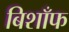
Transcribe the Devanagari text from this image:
बिशाँफ